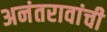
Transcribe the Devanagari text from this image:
अनंतरावांची